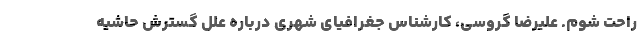
راحت شوم. علیرضا گروسی، کارشناس جغرافیای شهری درباره علل گسترش حاشیه